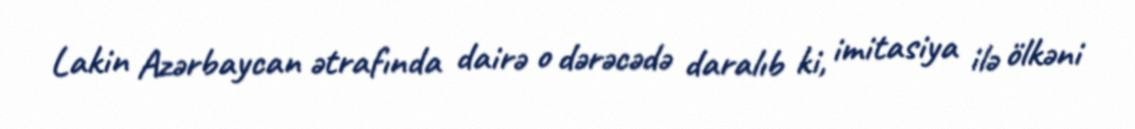
Lakin Azərbaycan ətrafında dairə o dərəcədə daralıb ki, imitasiya ilə ölkəni